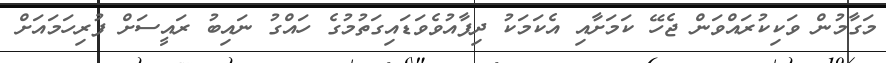
މަގާމުން ވަކިކުރައްވަން ޖެހޭ ކަމަށާއި އެކަމަކު ދިފާއުވެވަަޑައިގަތުމުގެ ހައްގު ނައިބު ރައީސަށް ފުރިހަމައަށް